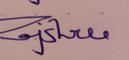
Signature authenticity: genuine